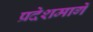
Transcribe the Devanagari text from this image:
प्रदेशमार्गे